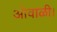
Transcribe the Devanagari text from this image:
ओवाळी।